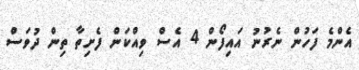
އެންމެ ފަހުން ނެރުނު އައިފޯން 4 އެސް ވިއްކަން ފެށިތާ ތިން ދުވަސް